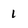
Character: 1